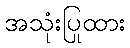
အသုံးပြုထား